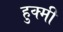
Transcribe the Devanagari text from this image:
हुक्मी